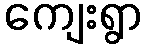
ကျေးရွာ